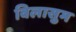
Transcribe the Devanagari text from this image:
विलासुम